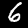
Digit: 6